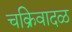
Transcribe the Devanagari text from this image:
चक्रिवादळ